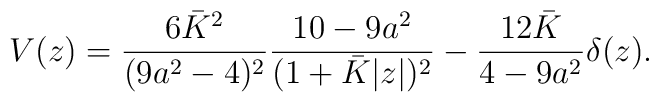
V(z)={{6\bar{K}^2}\over{(9a^2-4)^2}}{{10-9a^2}\over{(1+\bar{K}|z|)^2}}-{{12\bar{K}}\over{4-9a^2}}\delta(z).